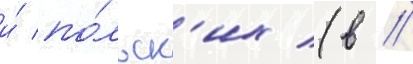
и́ по́льск'их (в //